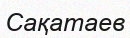
Сақатаев